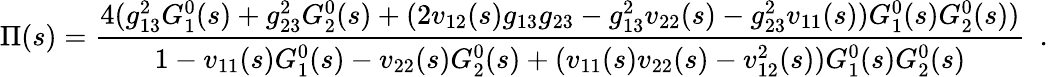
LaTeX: \Pi(s)=\frac{4(g_{13}^{2}G_{1}^{0}(s)+g_{23}^{2}G_{2}^{0}(s)+(2v_{12}(s)g_{13}g_{23}-g_{13}^{2}v_{22}(s)-g_{23}^{2}v_{11}(s))G_{1}^{0}(s)G_{2}^{0}(s))}{1-v_{11}(s)G_{1}^{0}(s)-v_{22}(s)G_{2}^{0}(s)+(v_{11}(s)v_{22}(s)-v_{12}^{2}(s))G_{1}^{0}(s)G_{2}^{0}(s)}\ \ .